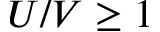
U / V \geq 1